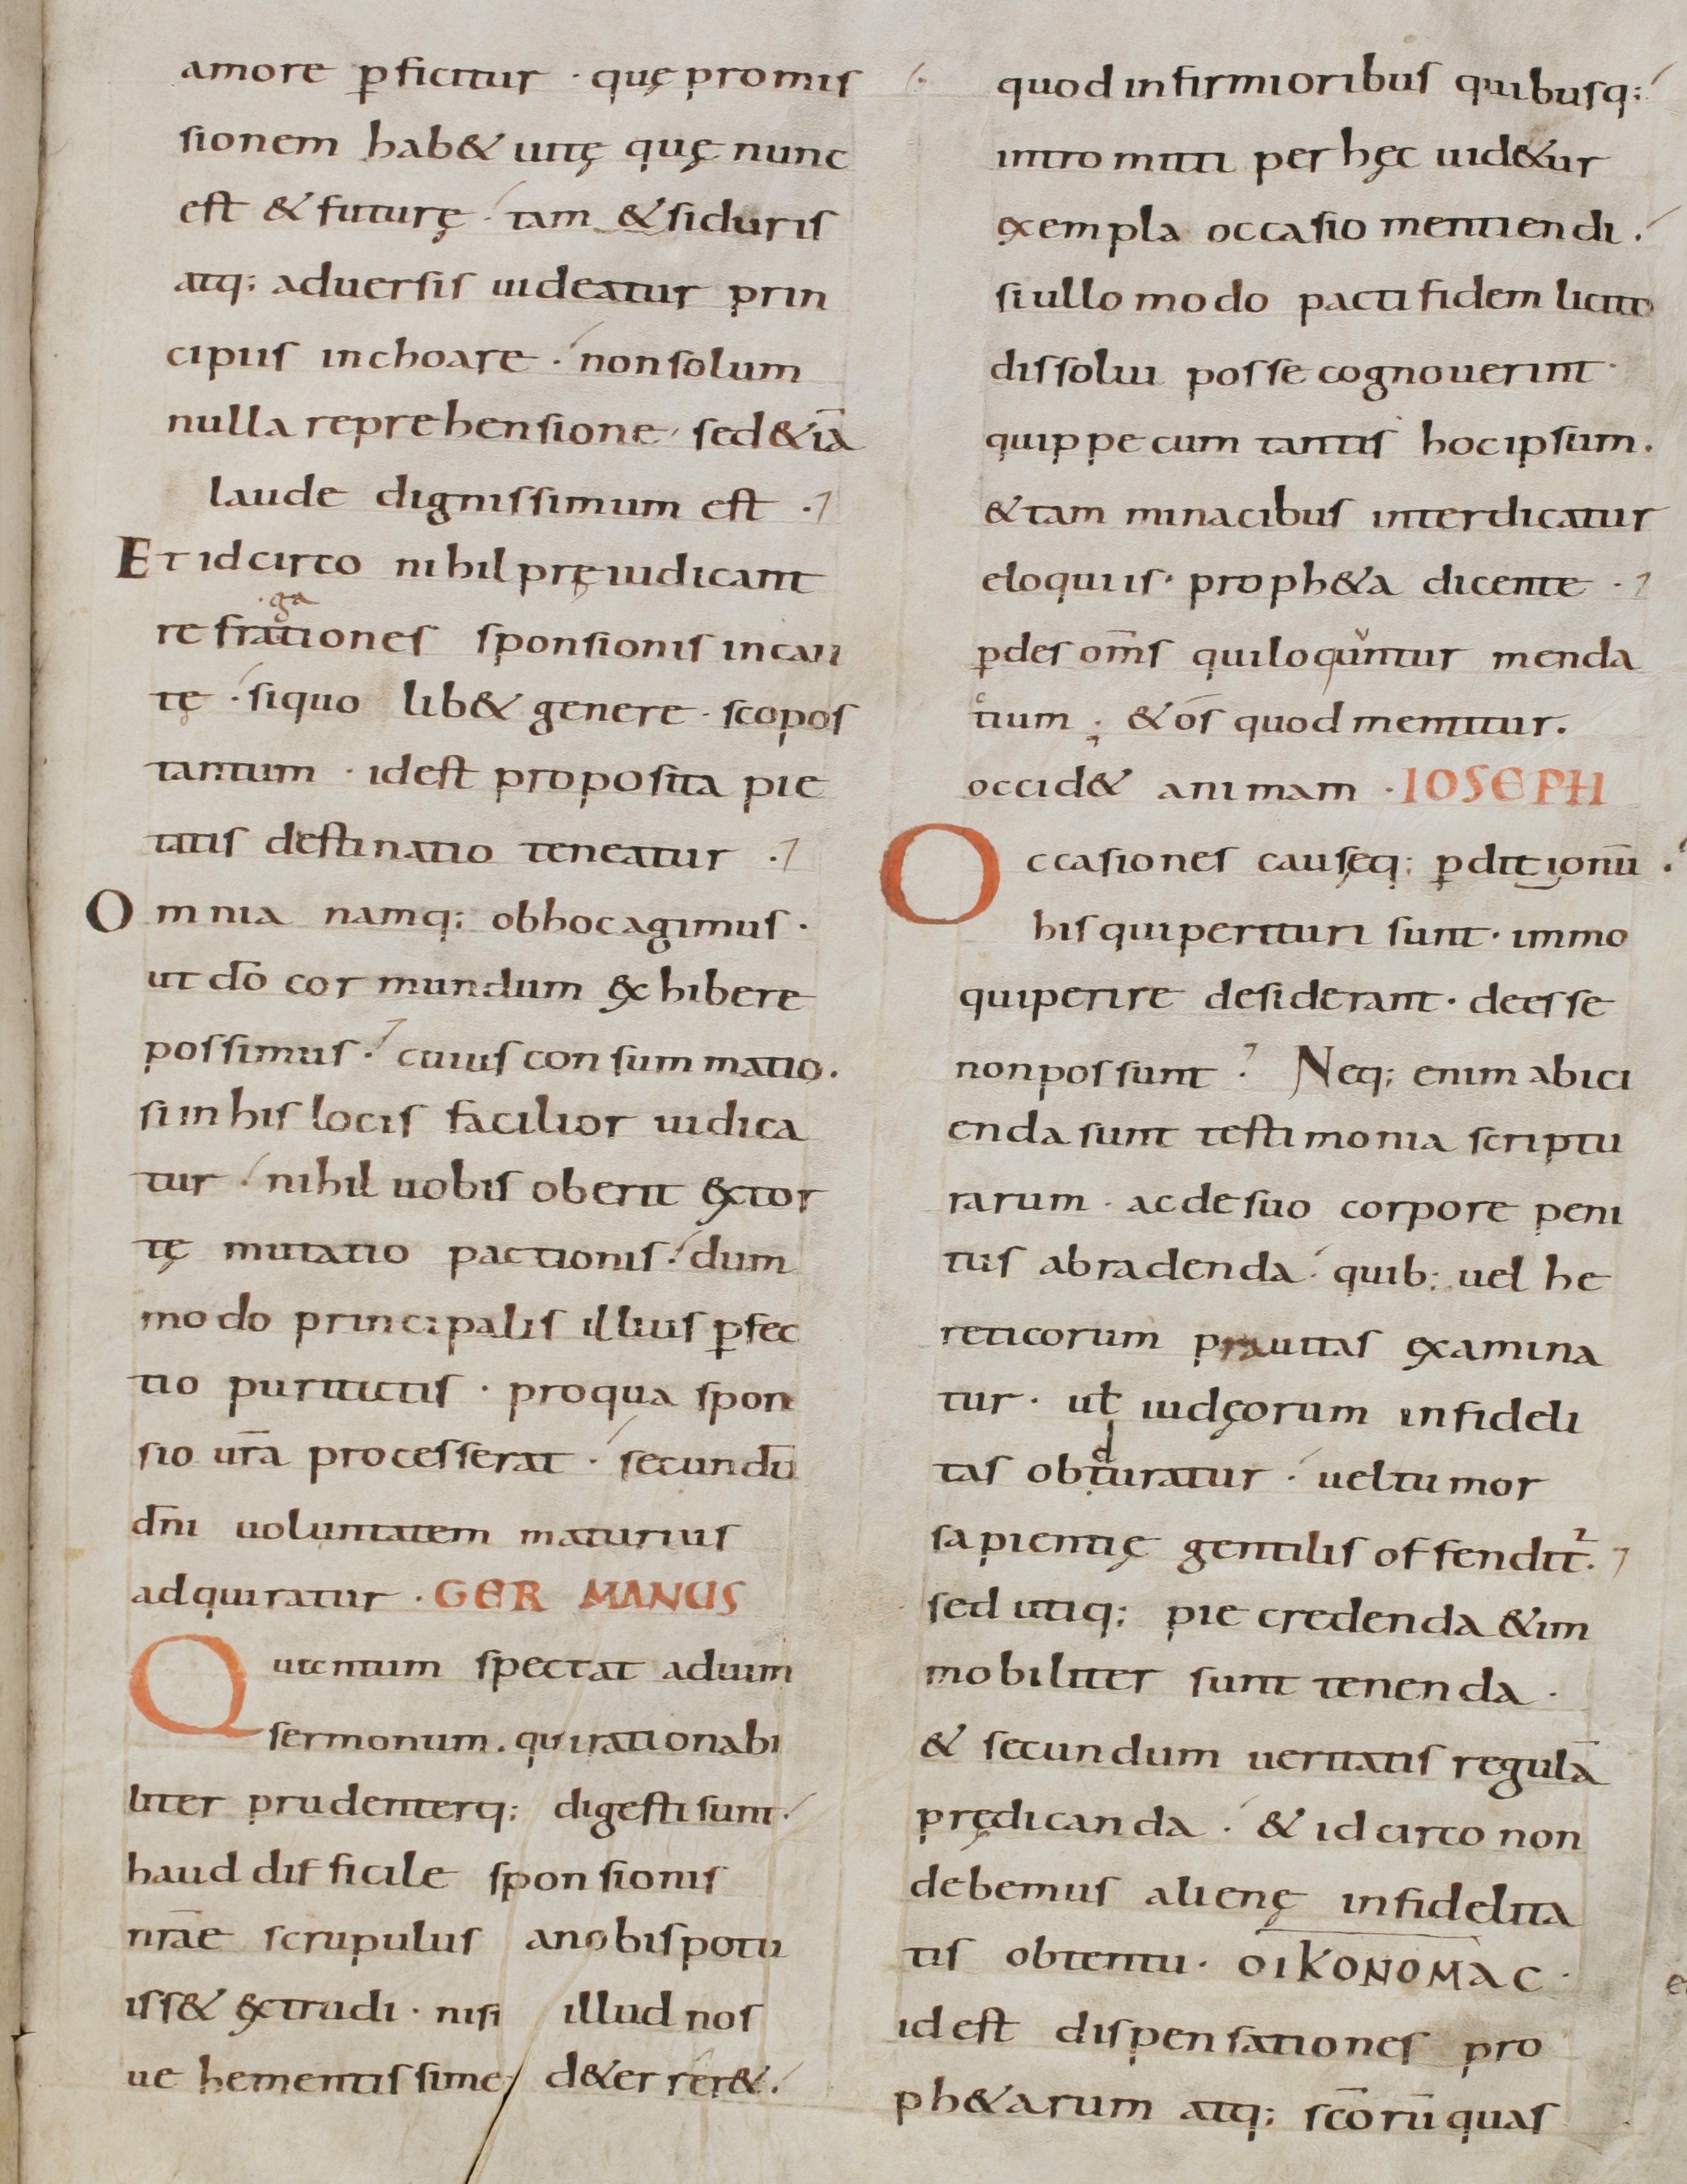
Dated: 800–899